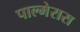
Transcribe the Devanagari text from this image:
पाल्मेरास